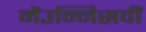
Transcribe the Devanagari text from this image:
मेंउन्निसवीं